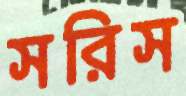
সরিস